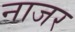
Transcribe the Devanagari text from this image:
नाजर